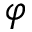
\varphi